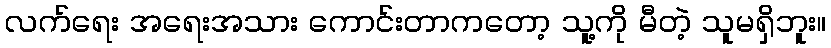
လက်ရေး အရေးအသား ကောင်းတာကတော့ သူ့ကို မီတဲ့ သူမရှိဘူး။